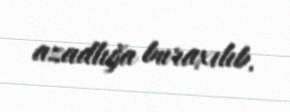
azadlığa buraxılıb.